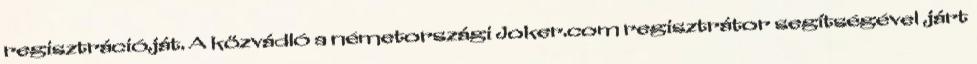
regisztrációját. A közvádló a németországi Joker.com regisztrátor segítségével járt